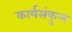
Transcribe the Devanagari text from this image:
कार्यसंकुल